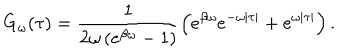
G _ { \omega } ( \tau ) = \frac { 1 } { 2 \omega \left( e ^ { \beta \omega } - 1 \right) } \left( e ^ { \beta \omega } e ^ { - \omega | \tau | } + e ^ { \omega | \tau | } \right) .